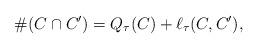
LaTeX: \begin{align*}\#(C\cap C') = Q_\tau(C) + \ell_\tau(C,C'),\end{align*}